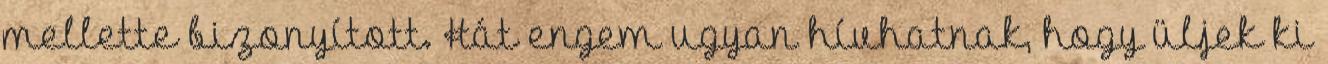
mellette bizonyított. Hát engem ugyan hívhatnak, hogy üljek ki